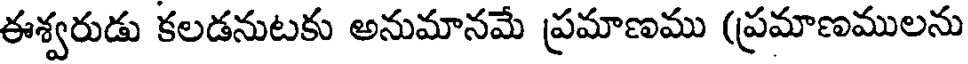
ఈశ్వరుడు కలడనుటకు అనుమానమే ప్రమాణము (ప్రమాణములను